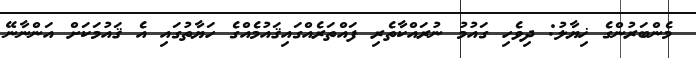
މެންބަރުންގެ ޚިޔާލު: ދިވެހި ގައުމު ނުރައްކާތެރި ފައްތަރެއްގައިޤައުމެއްގެ ހަޔާތުގައި އެ ޤައުމަކަށް އަންނާނޭ